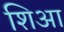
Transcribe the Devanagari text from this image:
शिआ